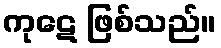
ကုဋေ ဖြစ်သည်။